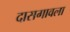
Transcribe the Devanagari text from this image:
दासगावला